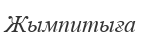
Жымпитыға